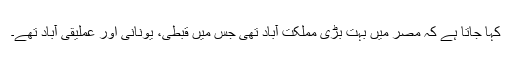
کہا جاتا ہے کہ مصر میں بہت بڑی مملکت آباد تھی جس میں قبطی، یونانی اور عِملیقی آباد تھے۔